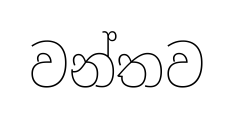
වන්තව